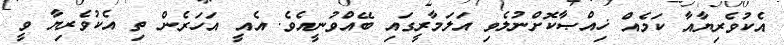
އެކުވެރިޔާއާ ކަމެއް ޚިއްޞާކޮށްނުލެވި އަލަމާރީގައި ބޭއްވުނީއެވެ. އެއީ އަހަރެން ތި އެކުވެރިޔާ ވީ